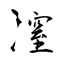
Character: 潌